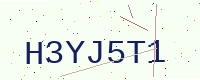
Text: H3YJ5T1